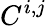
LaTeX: C^{i,j}